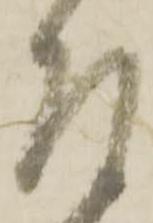
左